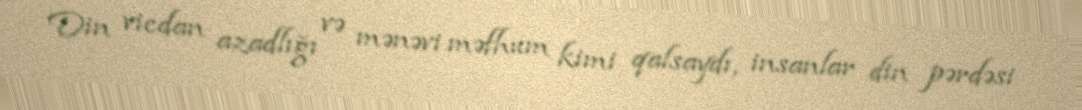
Din vicdan azadlığı və mənəvi məfhum kimi qalsaydı, insanlar din pərdəsi